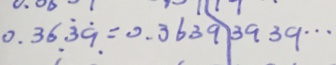
0 . 3 6 \dot { 3 } \dot { 9 } = 0 . 3 6 3 9 \vert 3 9 3 9 \cdots